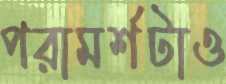
পরামর্শটাও